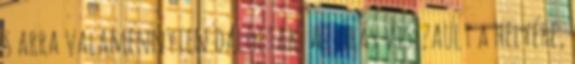
s arra valamennyien daloltak. Az órás visszaült a helyére,